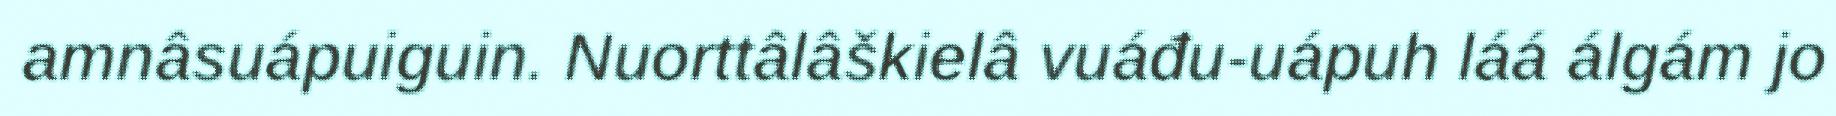
amnâsuápuiguin. Nuorttâlâškielâ vuáđu-uápuh láá álgám jo